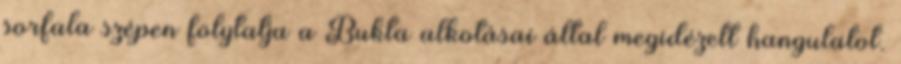
sorfala szépen folytatja a Bukta alkotásai által megidézett hangulatot.